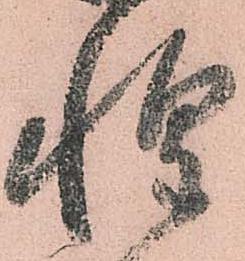
惶